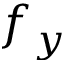
f _ { y }